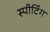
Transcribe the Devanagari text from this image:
स्पीटिंग